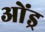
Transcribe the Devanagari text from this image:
ओंड्र